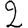
Digit: 2